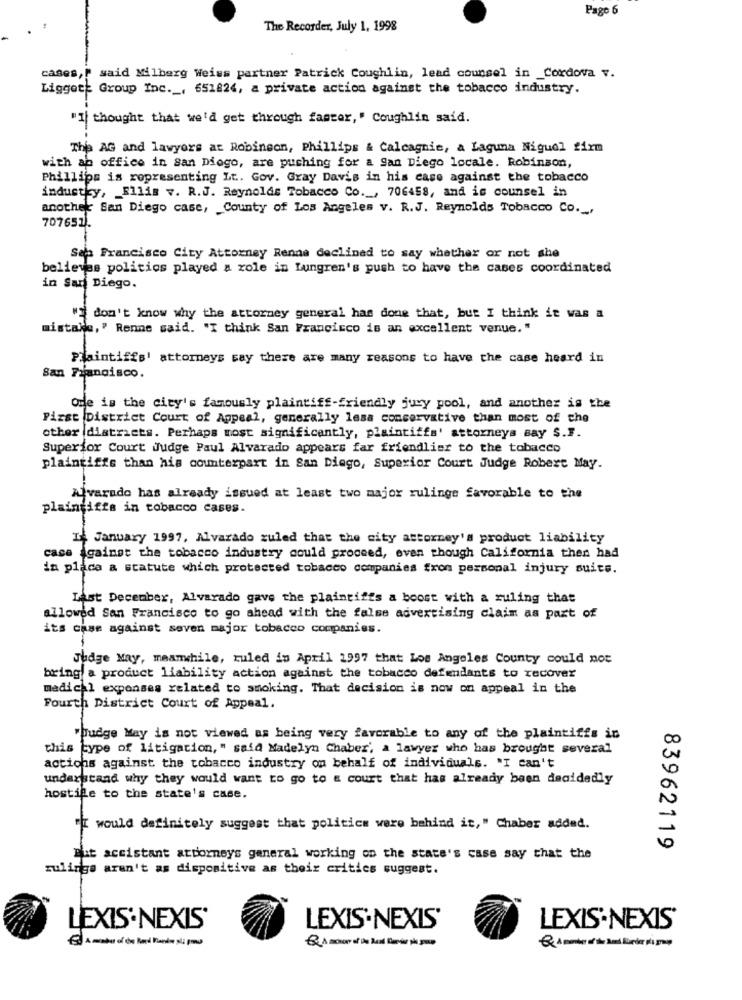
Pago 6
The Recorder, July 1, 1998
cases," said Milberg Weiss partner Patrick Coughlin, lead counsel in _Cordova v.
Liggett Group Inc. , 651824, a private action against the tobacco industry.
"I thought that we'd get through faster," Coughlin said.
The AG and lawyers at Robinson, Phillips & Calcagnie, a Laguna Niguel firm
with ap office in san Diego, are pushing for a San Diego locale. Robinson,
Phillips is ropresenting Lt. Gov. Gray Davis in his case against the tobacco
industky, Ellis v. R.J. Reynolds Tobacco Co ._, 706458, and is counsel in
another San Diego case, County of Los Angeles v. R.J. Reynolds Tobacco Co .,
707651.
San Francisco City Attorney Renna declined to say whether or not she
believes politics played a role in Lungren's push to have the cases coordinated
in San Diego.
" don't know why the attorney general has done that, but I think it was a
mistake," Renne said. "I think San Francisco is an excellent venue. "
plaintiffs attorneys say there are many reasons to have the case heard in
San Francisco.
Odle is the city's famously plaintiff-friendly jury pool, and another is the
Pizst District Court of Appeal, generally lesa conservative than most of the
other districts. Perhaps most significantly, plaintiffs' attorneys Bay S.F.
Superior Court Judge Paul Alvarado appears far friendlier to the tobacco
plaintiffs than his counterpart in San Diego, Superior Court Judge Robert May.
Ajvarado has already issued at least two major rulings favorable to the
plaingifts in tobacco cases.
Il January 1997, Alvarado zuled that the city attorney's product liability
case Against the tobacco industry could proceed, even though California then had
da placa a statute which protected tobacco companies fron personal injury suits.
Last December, Alvarado gave the plaintiffs a boost with a ruling that
allowed San Francisco to go ahead with the false advertising claim as part of
its case against seven major tobacco companies.
Judge May, maamchile, ruled in April 1997 that Los Angeles County could not
bring a product liability action against the tobacco defendants to recover
medical expenses related to smoking. That decision is now on appeal in the
Fourth District Court of Appeal.
"budge May is not viewed as being very favorable to any of the plaintiffs in
this type of litigation, " said Madelyn Chaber', a lawyer who has brought several
actions against the tobacco industry on behalf of individuals. "I can't
understand why they would want to go to & court that has already been decidedly
hostile to the state's case.
N
"I would definitely suggest that politics were behind it," Chaber added.
0
83962119
But accistant attorneys general working on the state's case say that the
rulings aren't as dispositive as their critics suggest.
LEXIS'NEXIS'
LEXIS-NEXIS'
LEXIS-NEXIS'